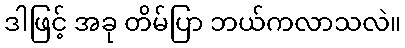
ဒါဖြင့် အခု တိမ်ပြာ ဘယ်ကလာသလဲ။